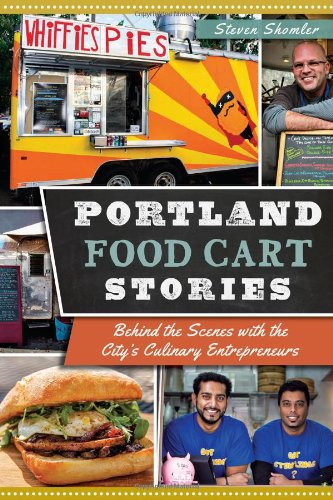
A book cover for Portland Food Cart Stories:: Behind the Scenes with the City's Culinary Entrepreneurs (American Palate); Steven Shomler; Cookbooks, Food & Wine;